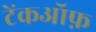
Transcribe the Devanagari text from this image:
टेंकऑफ़